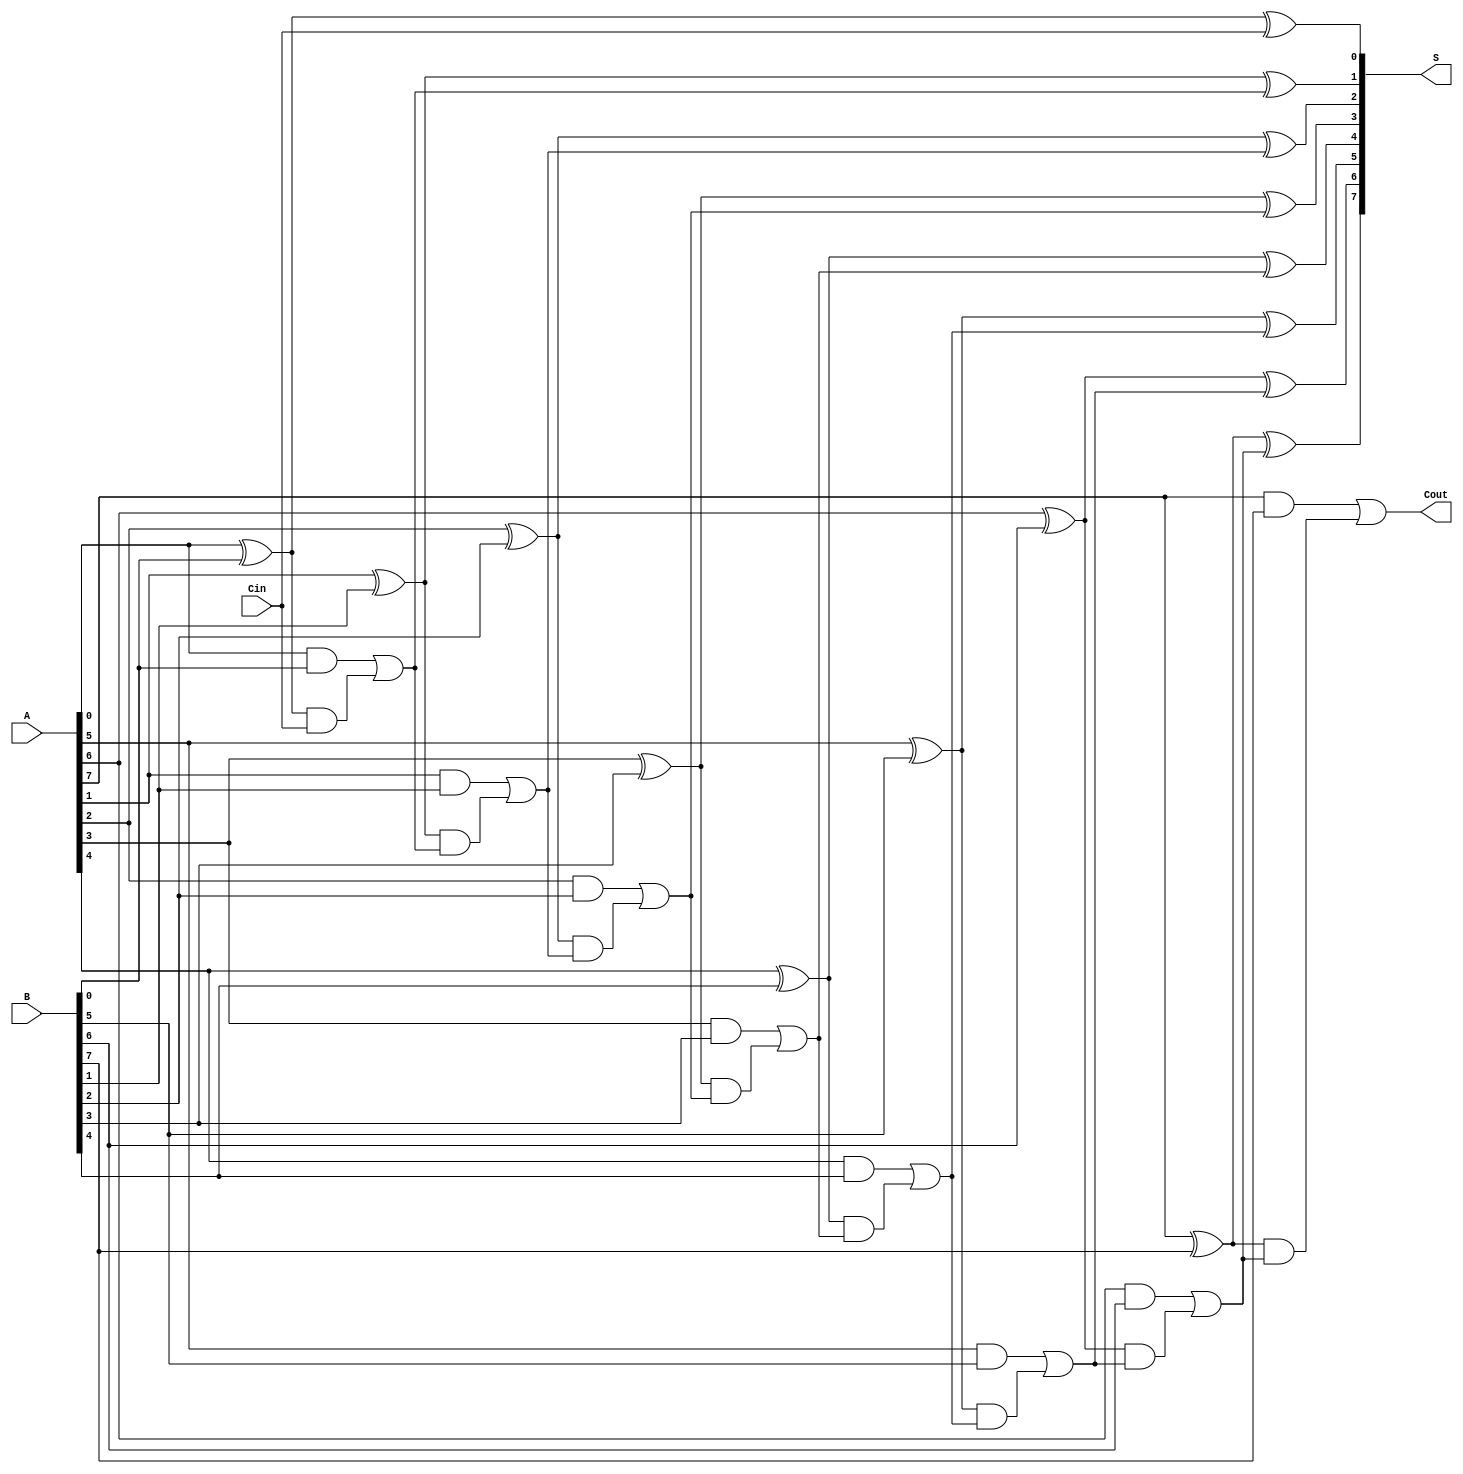
module VLCLA #(parameter N = 8) (
    input  wire [N-1:0] A,        // First binary number
    input  wire [N-1:0] B,        // Second binary number
    input  wire         Cin,       // Carry-in
    output wire [N-1:0] S,         // Sum output
    output wire         Cout        // Carry-out
);

    // Generate and Propagate Signals
    wire [N-1:0] G; // Generate
    wire [N-1:0] P; // Propagate
    wire [N:0] C;   // Carry bits (C[0] = Cin)

    // Generate and Propagate calculations
    genvar i;
    generate
        for (i = 0; i < N; i = i + 1) begin: gen_prop
            assign G[i] = A[i] & B[i];        // Generate
            assign P[i] = A[i] ^ B[i];        // Propagate
        end
    endgenerate

    // Carry calculation using variable latency
    assign C[0] = Cin;  // Initial carry-in
    generate
        for (i = 0; i < N; i = i + 1) begin: carry_calc
            assign C[i+1] = G[i] | (P[i] & C[i]);
        end
    endgenerate

    // Sum calculation
    generate
        for (i = 0; i < N; i = i + 1) begin: sum_calc
            assign S[i] = P[i] ^ C[i]; // Sum
        end
    endgenerate

    // Carry-out
    assign Cout = C[N]; // Final carry-out

endmodule